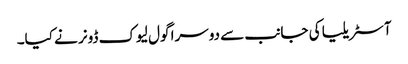
آسٹریلیا کی جانب سے دوسرا گول لیوک ڈونر نے کیا۔